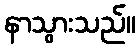
နာသွားသည်။